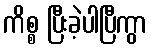
ကိစ္စ ပြီးခဲ့ပါပြီကွာ